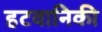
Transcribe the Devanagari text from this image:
हटवानिकी